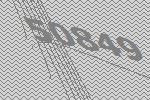
50849